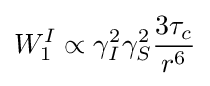
W_{1}^{I}\propto \gamma _{I}^{2}\gamma _{S}^{2}{\frac {3\tau _{c}}{r^{6}}}